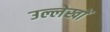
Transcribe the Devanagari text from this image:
उल्लेखाें